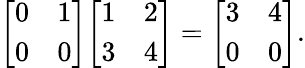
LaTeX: {\left[\begin{array}{ll}{0}&{1}\\ {0}&{0}\end{array}\right]}{\left[\begin{array}{ll}{1}&{2}\\ {3}&{4}\end{array}\right]}={\left[\begin{array}{ll}{3}&{4}\\ {0}&{0}\end{array}\right]}.